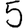
Digit: 5